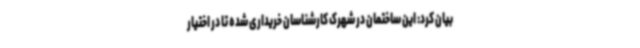
بیان کرد: این ساختمان در شهرک کارشناسان خریداری شده تا در اختیار